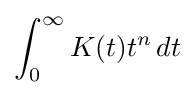
\int _{0}^{\infty }K(t)t^{n}\,dt